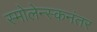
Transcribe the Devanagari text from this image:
स्मोलेन्स्कनंतर